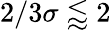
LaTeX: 2/3\le\sigma\lessapprox 2